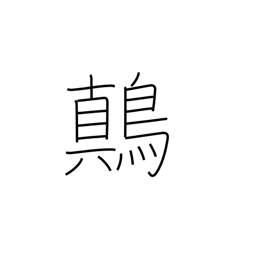
Meaning: yellow-white mottled songbird